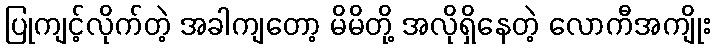
ပြုကျင့်လိုက်တဲ့ အခါကျတော့ မိမိတို့ အလိုရှိနေတဲ့ လောကီအကျိုး